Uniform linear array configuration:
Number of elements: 16
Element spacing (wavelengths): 0.75
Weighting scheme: hann
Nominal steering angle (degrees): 30
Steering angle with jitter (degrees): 31.893
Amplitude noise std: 0.05
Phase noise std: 0.05

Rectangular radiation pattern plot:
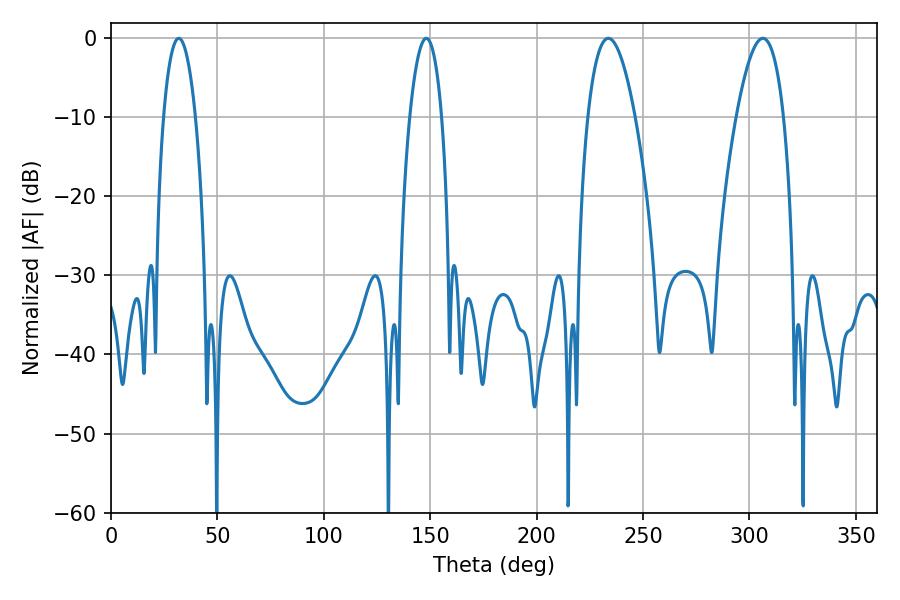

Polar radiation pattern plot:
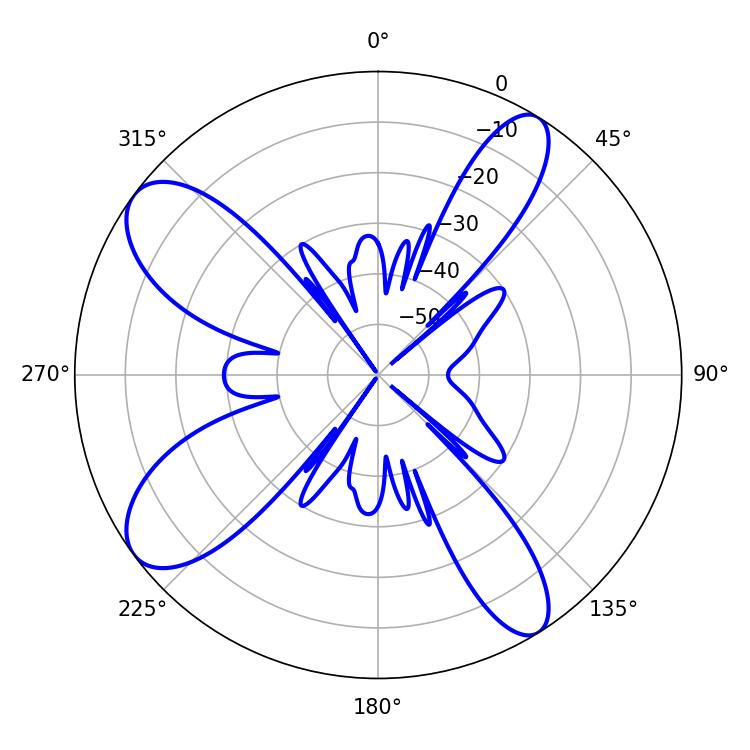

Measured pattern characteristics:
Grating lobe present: TRUE
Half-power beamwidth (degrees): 8.46
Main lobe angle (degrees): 31.86